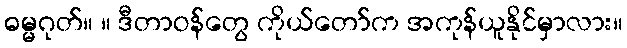
ဓမ္မဂုတ်။ ။ ဒီတာဝန်တွေ ကိုယ်တော်က အကုန်ယူနိုင်မှာလား။